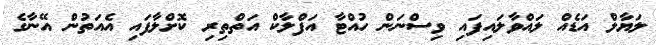
ލަޔާލް އަޑެއް ލައްވާލައިފައި ވިސްނަން ހުއްޓާ އަފްލާކް އަތްތިރި ކޮށްލާފައި އެއަތުން އޭނާގެ